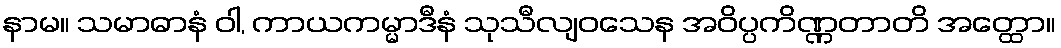
နာမ။ သမာဓာနံ ဝါ, ကာယကမ္မာဒီနံ သုသီလျဝသေန အဝိပ္ပကိဏ္ဏတာတိ အတ္ထော။